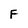
Character: F